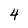
Character: 4